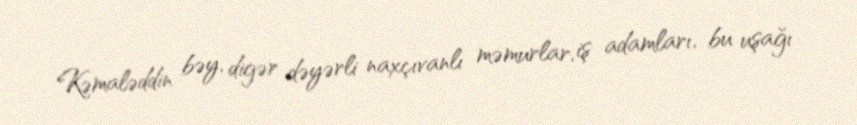
Kəmaləddin bəy, digər dəyərli naxçıvanlı məmurlar, iş adamları, bu uşağı